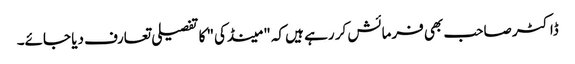
ڈاکٹر صاحب بھی فرمائش کر رہے ہیں کہ "مینڈکی" کا تفصیلی تعارف دیا جائے۔